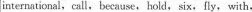
international,call,because,hold,six、fly, with.